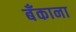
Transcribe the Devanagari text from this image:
बॅंकाना